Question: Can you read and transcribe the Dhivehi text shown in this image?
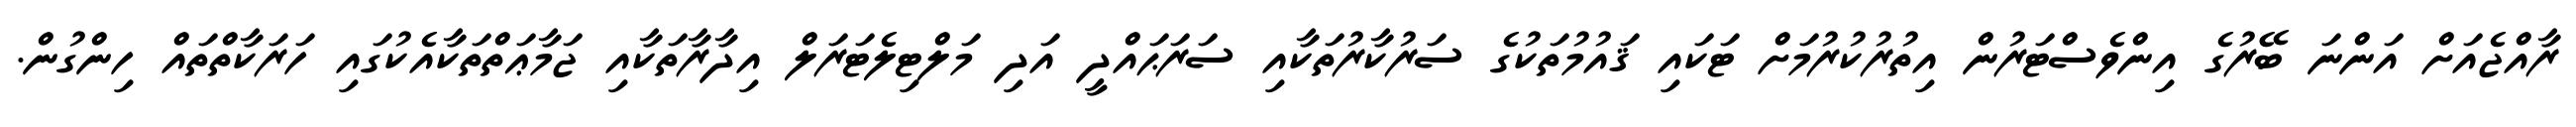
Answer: ރާއްޖެއަށް އަންނަ ބޭރުގެ އިންވެސްޓަރުން އިތުރުކުރުމަށް ޓަކައި ޤައުމުތަކުގެ ސަރުކާރުތަކާއި ސަރަޙައްދީ އަދި މަލްޓިލެޓަރަލް އިދާރާތަކާއި ޖަމާޢަތްތަކާއެކުގައި ހަރަކާތްތައް ހިންގުން.